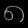
Digit: ၈